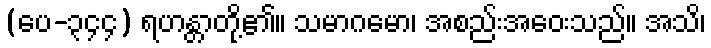
(ပေ-၃၄၄) ရဟန္တာတို့၏။ သမာဂမော၊ အစည်းအဝေးသည်။ အသိ၊